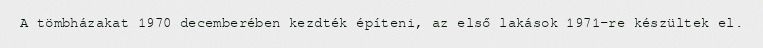
A tömbházakat 1970 decemberében kezdték építeni, az első lakások 1971-re készültek el.